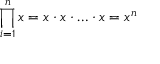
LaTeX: \prod _ { i = 1 } ^ { n } x = x \cdot x \cdot \ldots \cdot x = x ^ { n }